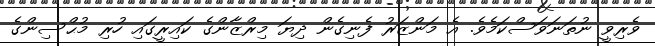
ވެރިވީ ނުތަނަވަސްކަމެވެ. އެ މަންޒަރު ފެނިގެން ދިޔަ މިރްޒާންގެ ކައިރީގައި ހުރި މުޙްސިންގެ